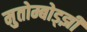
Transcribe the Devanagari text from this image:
मुतोम्बोड्झी